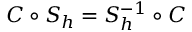
C \circ S _ { h } = S _ { h } ^ { - 1 } \circ C